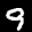
Label: 9